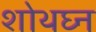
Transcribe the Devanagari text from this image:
शोथघ्न